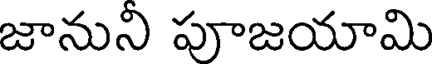
జానుని పూజయామి